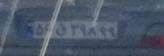
۵۶ق۳۹۸۹۹